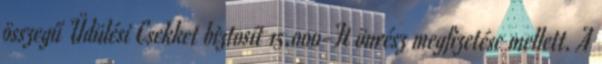
összegű Üdülési Csekket biztosít 15.000-Ft önrész megfizetése mellett. A